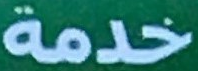
خدمة